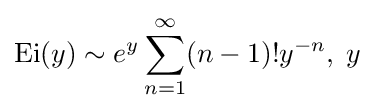
\operatorname {Ei} (y)\sim e^{y}\sum _{n=1}^{\infty }(n-1)!y^{-n},\;y